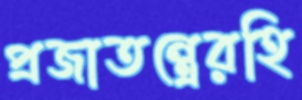
প্রজাতন্ত্রেরহি